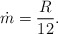
\begin{align*}\dot m = \frac{R}{12}.\end{align*}